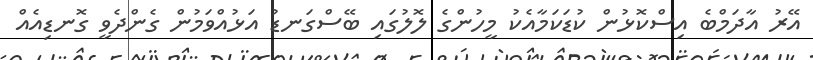
އޭރު އާދަމްބެ އިސްކޮޅުން ކުޑަކަމާއެކު މީހުންގެ ލޮލުގައި ބޭސްގަނޑު އަޅުއްވަމުން ގެންދެވީ ގޮނޑިއެއް